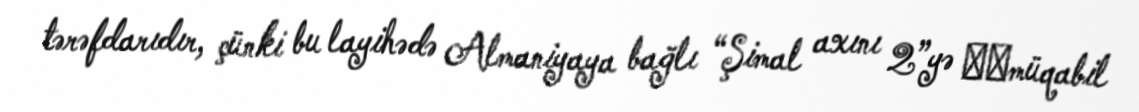
tərəfdarıdır, çünki bu layihədə Almaniyaya bağlı “Şimal axını 2”yə ​​müqabil